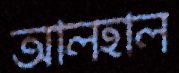
আলহাল